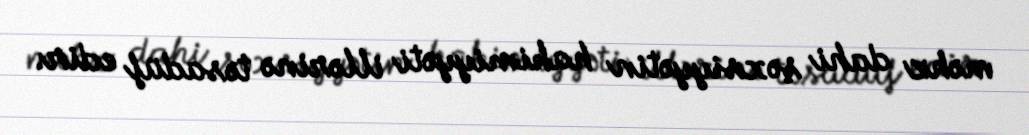
məhz dahi şəxsiyyətin hakimiyyəti illərinə təsadüf edir.